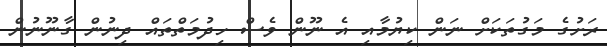
ރަށުގެ މަގުތަކަށް ނަން ކިޔުމާއި އެ ނޫން ވެސް ހިދުމަތްތައް ދިނުން ގާނޫނުން